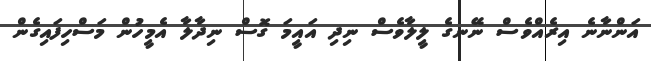
އަންނާނެ އިރެއްވެސް ނޭނގެ ލީލާވެސް ނިދި އައީމަ ގޮސް ނިދާލާ އެމީހުން މަސްހިފައިގެން